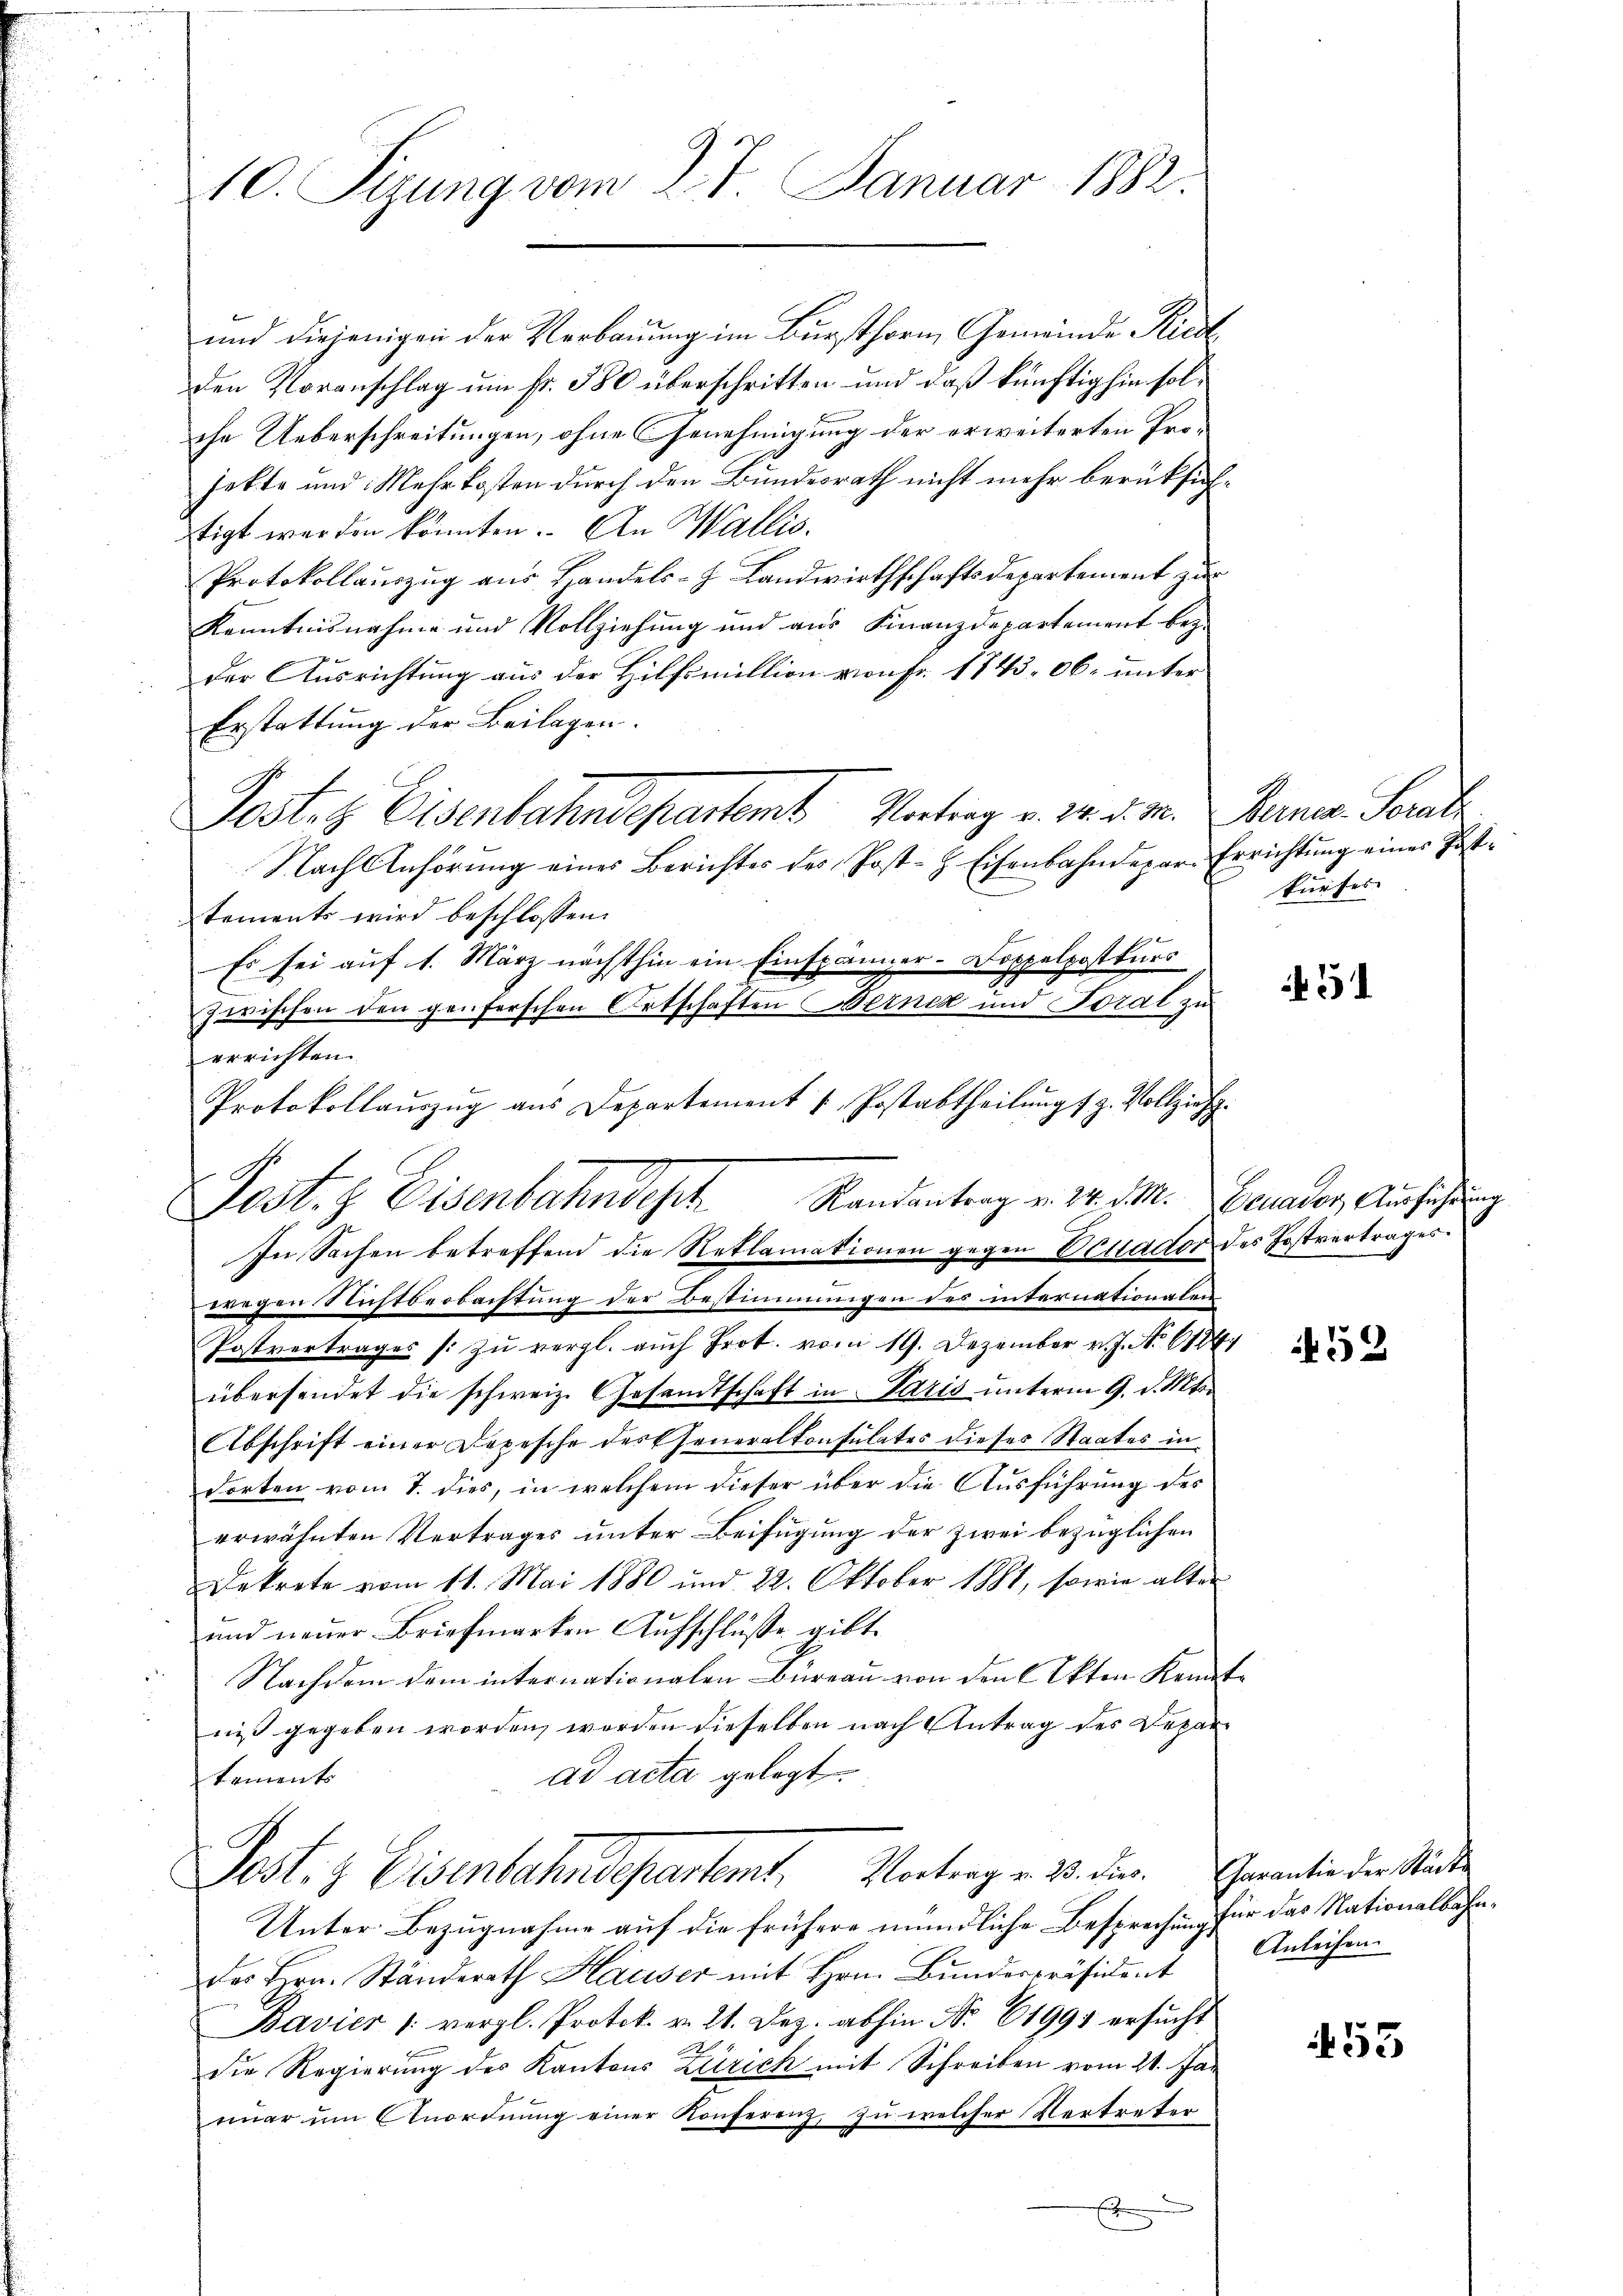
10. Sizung vom 27. Januar 1882.

und diejenigen der Verbauung im Bursthorn, Gemeinde Riedl
den Voranschlag um Fr. 380 überschritten und daß künftighin solche Ueberschreitungen, ohne Genehmigung der erweiterten Projekte und Mehrkosten durch den Bundesrath nicht mehr berüksichstigt werden könnten. An Wallis,
Protokollauszug aus Handels-J. Landwirthschaftsdepartement zur
Kenntnisnahme und Vollziehung und aus Finanzdepartement bey
der Ausrichtung aus der Hilfsmillion von Fr. 1843. 06. unter
Erstattung der Beilagen.
Postenz Eisenbahndepartemt Vortrag v. 30. d. M. Berner Serate
Nach Anhörung eines Berichtes des Post- & Eisenbahndepar Errichtung einer Posttements wird beschlossen:
Es sei auf 1. März nächsthin ein Einspänner-Doppelpostkurs
zwischen den genferschen Ortschaften Berne und Toral zu
errichten.
Protokollaŭszŭg ans Departement u. Postabtheilŭng s. z. Vollzieh
Randantrag v. 24. d. M. Ecuader Ausführung
wegen Nichtbeobachtung der Bestimmungen des internationalen
Postvertrages /: zu vergl. auch Prot. vom 19. Dezember v. J. No 6184
übersendet die schweiz. Gesandtschaft in Paris unterm 9. d. Mts.
Abschrift einer Depesche des Eheneralkonsulates dieses Staates in
dorten vom 7. dies, in welchem dieser über die Ausführung des
erwähnten Vertrages ŭnter Beifügung der zwei bezüglichen
Dekrete vom 11. Mai 1880 und 22. Oktober 1881, sowie alter
und neuer Briefmarken Aufschlüsse gibt.
Nachdem dem internationalen Büreau von den Akten Kenntniß gegeben worden, worden dieselben nach Antrag des Deparad acta gelegt.
tements
Post- & Eisenbahndepartemt. Vortrag v. 23. die Garantie der Stadt
Unter Bezugnahme auf die frühere mündliche Besprechung für das Nationalbahnder Hrn. Ständerath Hauser mit Hrn. Bunderpräsident
Bavier /: vergl. Protok. v. 21. Dez. abhin Nr. 61991 ersucht
die Regierung des Kantons Zürich mit Schreiben vom 21. Jan
einer ŭm Anordnŭng einer Konferenz, zu welcher Vertreter
e

Post. H. Eisenbahndest
In Sachen betreffend die Reklamationen gegen Villador des Postvertrages.

furfes |

3

52

Anleihen.

453